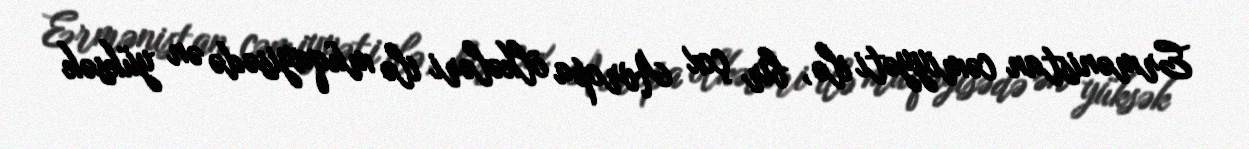
Ermənistan cəmiyyəti ilə, bir çox Avropa ölkələri ilə müqayisədə ən yüksək